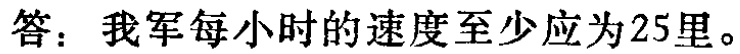
答：我军每小时的速度至少应为25里。